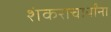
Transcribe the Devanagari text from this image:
शंकराचार्यांना